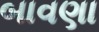
બાવણા